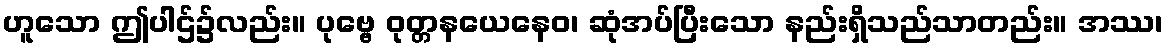
ဟူသော ဤပါဌ်၌လည်း။ ပုဗ္ဗေ ဝုတ္တနယေနေဝ၊ ဆုံအပ်ပြီးသော နည်းရှိသည်သာတည်း။ အဿ၊